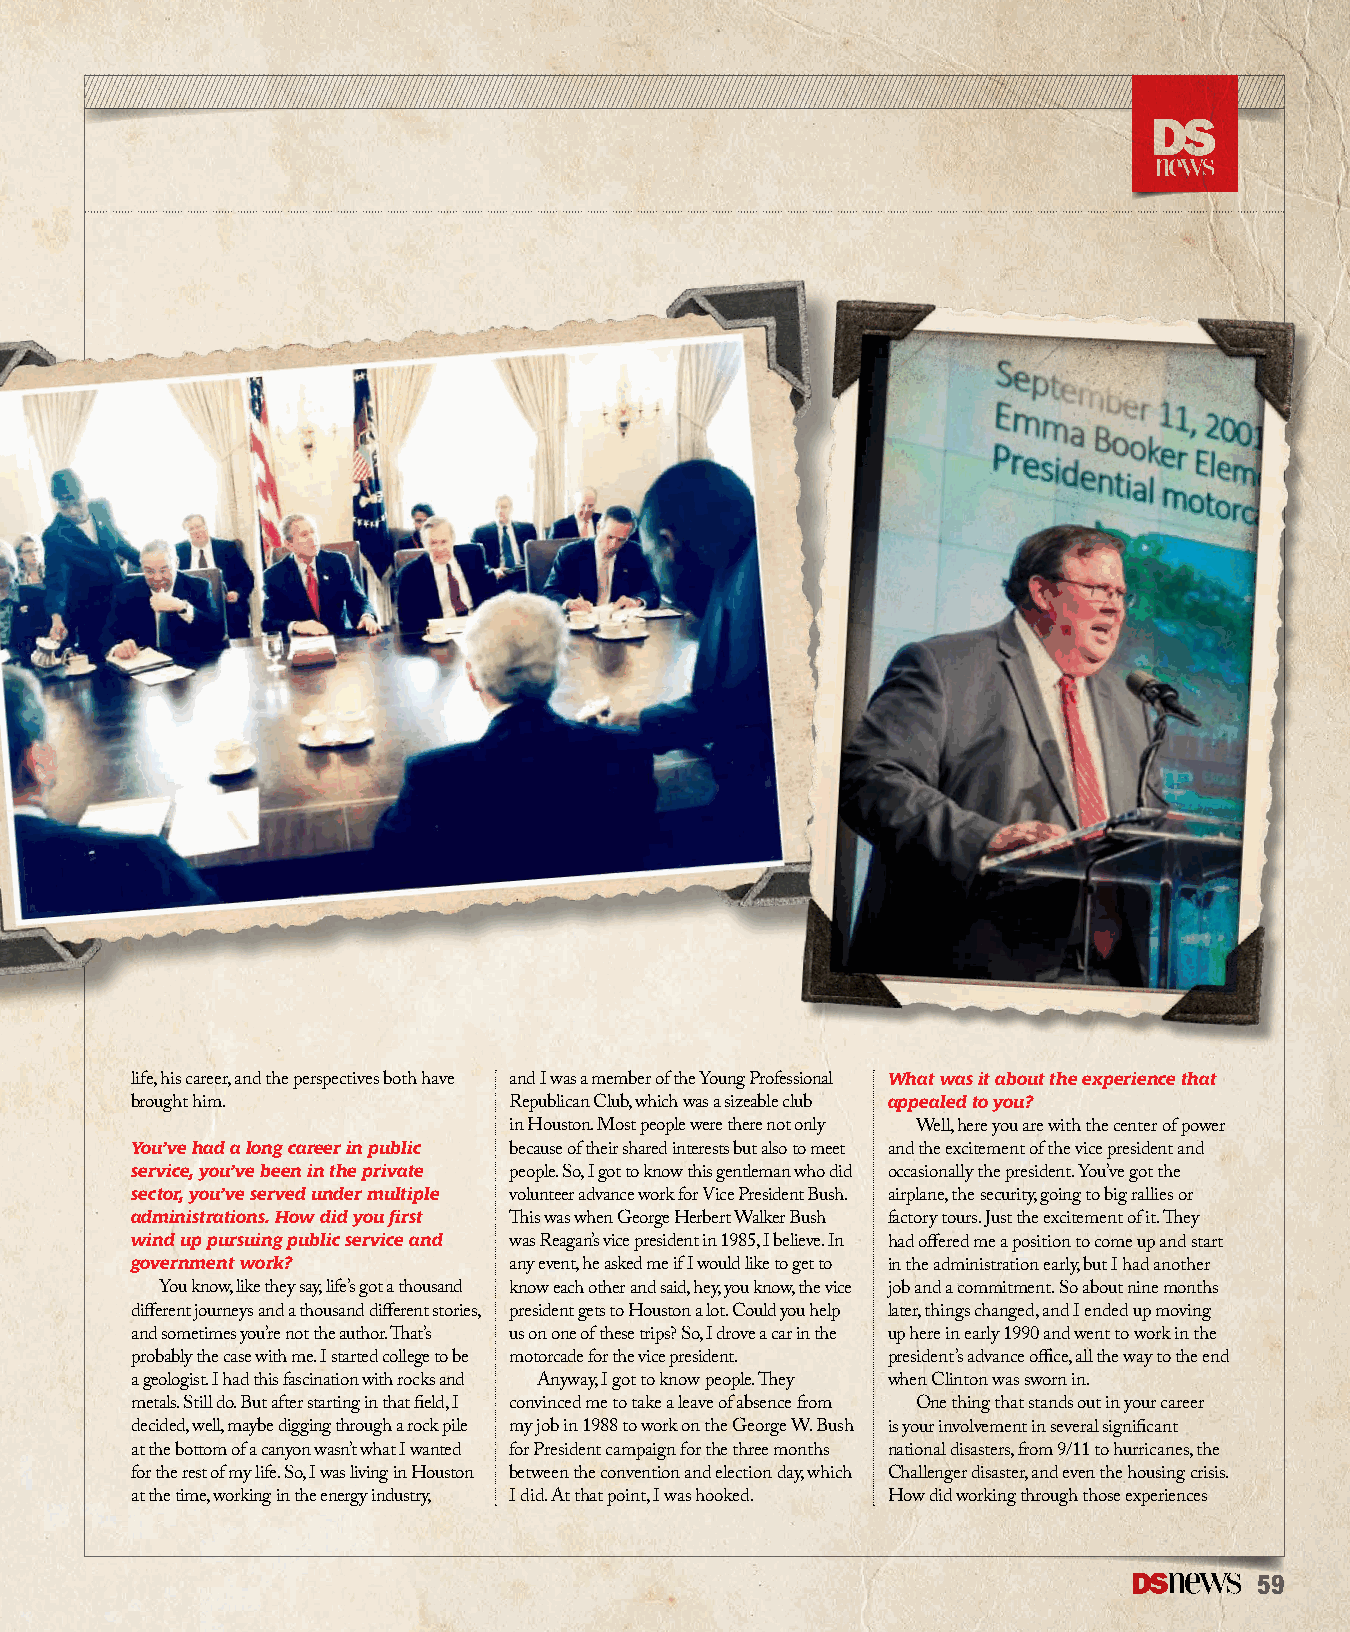
What was it about the experience that
 life, his career, and the perspectives both have and I was a member of the Young Professional
 appealed to you?
 brought him.             Republican Club, which was a sizeable club
 in Houston. Most people were there not only Well, here you are with the center of power
 You’ve had a long career in public
 because of their shared interests but also to meet and the excitement of the vice president and
 service, you’ve been in the private
 people. So, I got to know this gentleman who did occasionally the president. You’ve got the
 sector, you’ve served under multiple
 volunteer advance work for Vice President Bush. airplane, the security, going to big rallies or
 administrations. How did you first
 This was when George Herbert Walker Bush factory tours. Just the excitement of it. They
 wind up pursuing public service and
 was Reagan’s vice president in 1985, I believe. In had offered me a position to come up and start
 government work?
 any event, he asked me if I would like to get to in the administration early, but I had another
 You know, like they say, life’s got a thousand know each other and said, hey, you know, the vice job and a commitment. So about nine months
 different journeys and a thousand different stories, president gets to Houston a lot. Could you help later, things changed, and I ended up moving
 and sometimes you’re not the author. That’s us on one of these trips? So, I drove a car in the up here in early 1990 and went to work in the
 probably the case with me. I started college to be motorcade for the vice president. president’s advance office, all the way to the end
 a geologist. I had this fascination with rocks and Anyway, I got to know people. They when Clinton was sworn in.
 metals. Still do. But after starting in that field, I convinced me to take a leave of absence from One thing that stands out in your career
 decided, well, maybe digging through a rock pile my job in 1988 to work on the George W. Bush is your involvement in several significant
 at the bottom of a canyon wasn’t what I wanted for President campaign for the three months national disasters, from 9/11 to hurricanes, the
 for the rest of my life. So, I was living in Houston between the convention and election day, which Challenger disaster, and even the housing crisis.
 at the time, working in the energy industry, I did. At that point, I was hooked. How did working through those experiences
 59